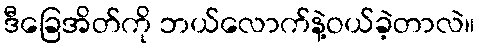
ဒီခြေအိတ်ကို ဘယ်လောက်နဲ့ဝယ်ခဲ့တာလဲ။